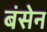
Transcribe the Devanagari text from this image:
बंसेन